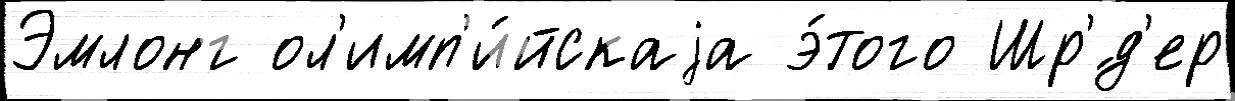
Эмлонг ол'имп'и́йскаjа э́того Шр'́д'ер